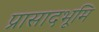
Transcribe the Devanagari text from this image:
प्रासादभूमि